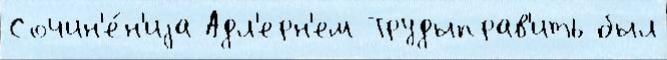
Сочин'е́н'иjа Адл'ерн'ем Трудыправ'ить был